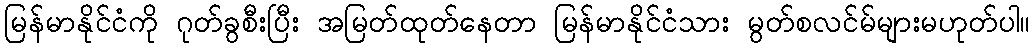
မြန်မာနိုင်ငံကို ဂုတ်ခွစီးပြီး အမြတ်ထုတ်နေတာ မြန်မာနိုင်ငံသား မွတ်စလင်မ်များမဟုတ်ပါ။